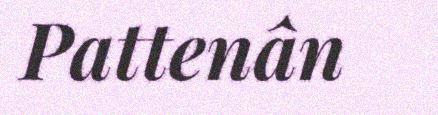
Pattenân